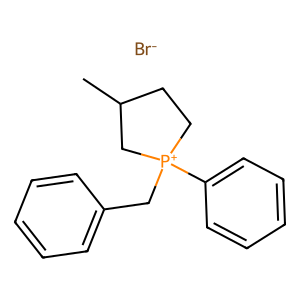
SMILES: CC1CC[P+](Cc2ccccc2)(c2ccccc2)C1.[Br-]
Inhibits HIV replication: No